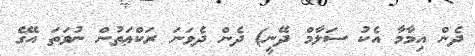
ދެން އިމާމާ އެކު ސަލާމް ދޭނީ) ދެން ދެވަނަ ރަކްޢަތުން ނުވަތަ އޭގެ